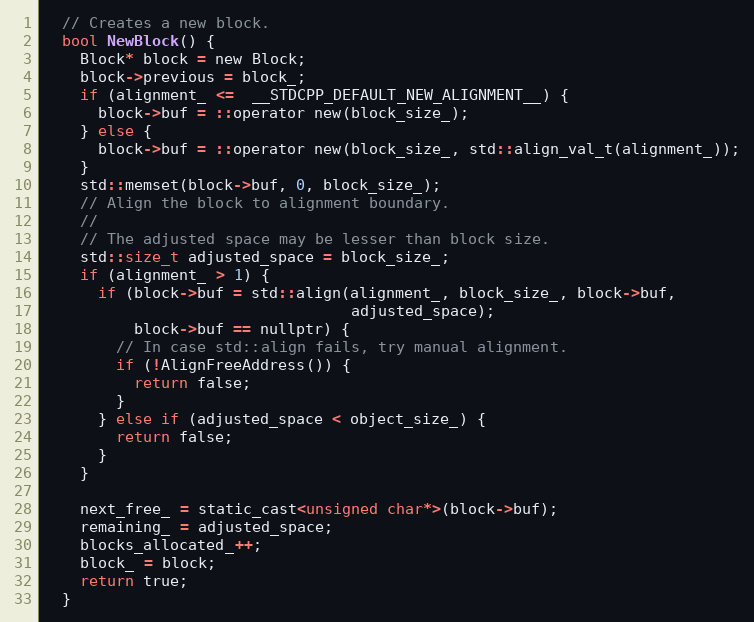
Language: C
  // Creates a new block.
  bool NewBlock() {
    Block* block = new Block;
    block->previous = block_;
    if (alignment_ <=  __STDCPP_DEFAULT_NEW_ALIGNMENT__) {
      block->buf = ::operator new(block_size_);
    } else {
      block->buf = ::operator new(block_size_, std::align_val_t(alignment_));
    }
    std::memset(block->buf, 0, block_size_);
    // Align the block to alignment boundary.
    //
    // The adjusted space may be lesser than block size.
    std::size_t adjusted_space = block_size_;
    if (alignment_ > 1) {
      if (block->buf = std::align(alignment_, block_size_, block->buf,
                                  adjusted_space);
          block->buf == nullptr) {
        // In case std::align fails, try manual alignment.
        if (!AlignFreeAddress()) {
          return false;
        }
      } else if (adjusted_space < object_size_) {
        return false;
      }
    }

    next_free_ = static_cast<unsigned char*>(block->buf);
    remaining_ = adjusted_space;
    blocks_allocated_++;
    block_ = block;
    return true;
  }